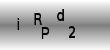
Text: iRPd2